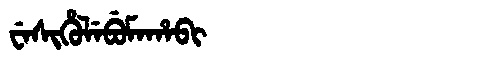
Manchu: ᠸᡝᠰᡳᡥᡠᠯᡝᠪᡠᠮᠠᡥᠠᠪᡳ
Romanization: WESIHULEBUMAHABI